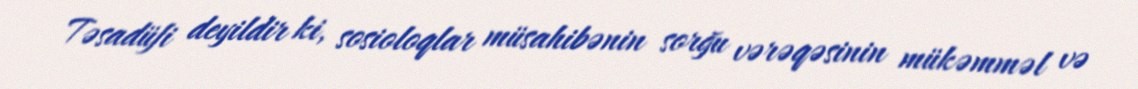
Təsadüfi deyildir ki, sosioloqlar müsahibənin sorğu vərəqəsinin mükəmməl və